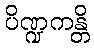
ပိဏ္ဍကန္တိ